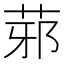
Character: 䓉